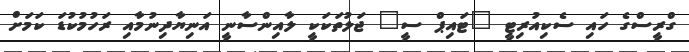
ގްރީސްގެ ހައި ސެކިއުރިޓީ "ޓައިޕް ސީ" ޖަލުތަކަކީ ލާއިންސާނީ އަނިޔާދިނުމާއި ރަހުމުކުޑަ ކަމަށް